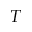
T